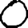
Digit: 0